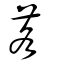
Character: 茖